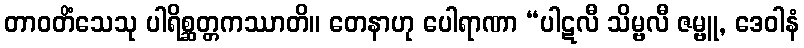
တာဝတိံသေသု ပါရိစ္ဆတ္တကဿာတိ။ တေနာဟု ပေါရာဏာ “ပါဋလီ သိမ္ဗလီ ဇမ္ဗူ, ဒေဝါနံ